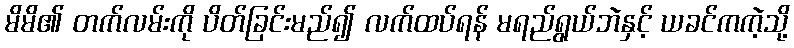
မိမိ၏ တက်လမ်းကို ပိတ်ခြင်းမည်၍ လက်ထပ်ရန် မရည်ရွယ်ဘဲနှင့် ယခင်ကကဲ့သို့